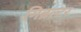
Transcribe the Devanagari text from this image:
गिब्रल्टर